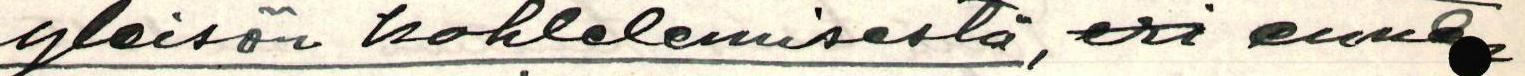
yleisön kohtelemisesta, eri ennen